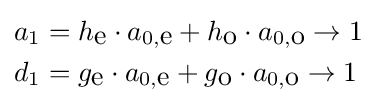
{\begin{aligned}a_{1}&=h_{\mbox{e}}\cdot a_{0,{\mbox{e}}}+h_{\mbox{o}}\cdot a_{0,{\mbox{o}}}\rightarrow 1\\d_{1}&=g_{\mbox{e}}\cdot a_{0,{\mbox{e}}}+g_{\mbox{o}}\cdot a_{0,{\mbox{o}}}\rightarrow 1\end{aligned}}